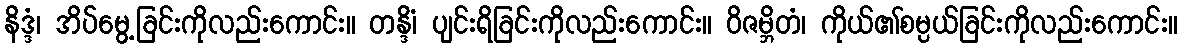
နိဒ္ဒံ၊ အိပ်မွေ့ခြင်းကိုလည်းကောင်း။ တန္ဒိံ၊ ပျင်းရိခြင်းကိုလည်းကောင်း။ ဝိဇမ္ဘိတံ၊ ကိုယ်၏စမ္ပယ်ခြင်းကိုလည်းကောင်း။